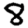
Digit: 8